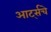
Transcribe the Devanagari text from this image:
आर्ट्सचे